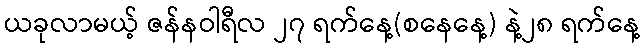
ယခုလာမယ့် ဇန်နဝါရီလ ၂၇ ရက်နေ့(စနေနေ့) နဲ့၂၈ ရက်နေ့